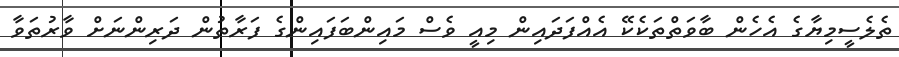
ތެލެސީމިޔާގެ އެހެން ބާވަތްތަކެކޭ އެއްފަދައިން މިއީ ވެސް މައިންބަފައިންގެ ފަރާތުން ދަރިންނަށް ވާރުތަވާ